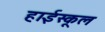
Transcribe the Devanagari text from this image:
हार्इस्कूल